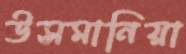
উসমানিয়া